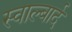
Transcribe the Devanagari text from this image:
स्वाल्बार्द